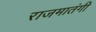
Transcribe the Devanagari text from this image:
राजमातंगी